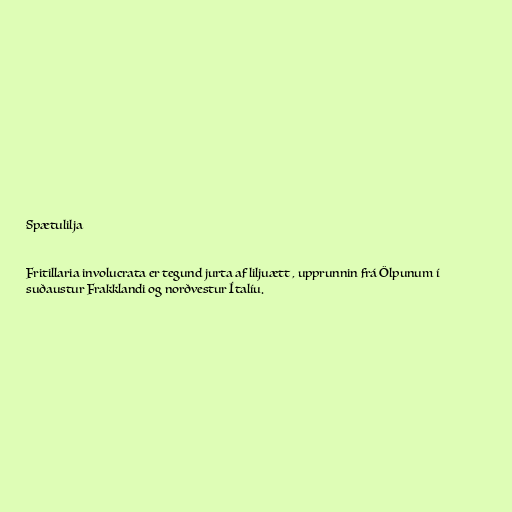
Spætulilja

Fritillaria involucrata er tegund jurta af liljuætt , upprunnin frá Ölpunum í
suðaustur Frakklandi og norðvestur Ítalíu.